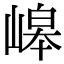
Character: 㟸